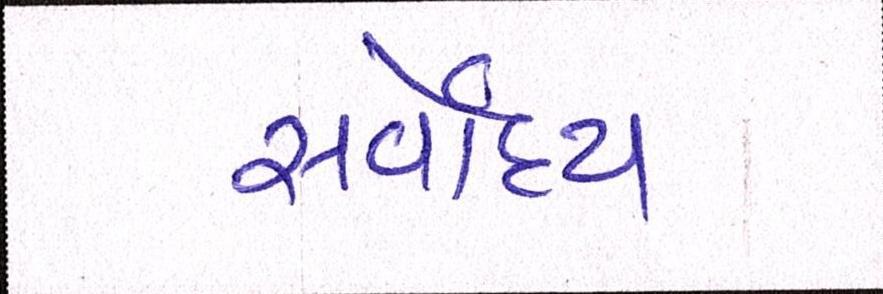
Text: સર્વોદય